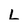
Character: L